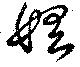
婬